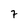
Character: 7